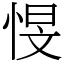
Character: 㥗